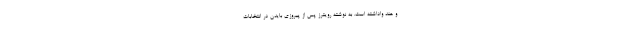
و هند واداشته است. به نوشته رویترز پس از پیروزی بایدن در انتخابات